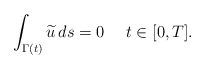
\begin{align*}\int_{\Gamma(t)} \widetilde{u}\,ds=0\quad~t\in [0,T].\end{align*}